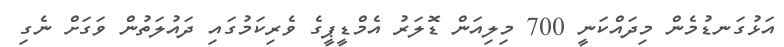
އަޅުގަނޑުމެން މިދައްކަނީ 700 މިލިއަން ޑޮލަރު އެމްޑީޕީގެ ވެރިކަމުގައި ދައުލަތުން ވަގަށް ނެގި